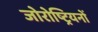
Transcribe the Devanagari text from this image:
जोरोष्ट्रियनों